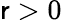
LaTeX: \mathsf{r}>0